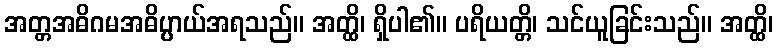
အတ္တအဓိဂမအဓိပ္ပာယ်အရသည်။ အတ္ထိ၊ ရှိပါ၏။ ပရိယတ္တိ၊ သင်ယူခြင်းသည်။ အတ္ထိ၊